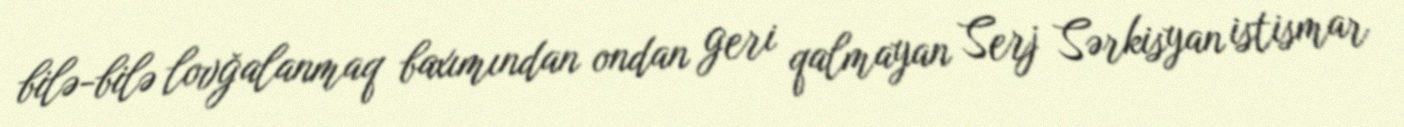
bilə-bilə lovğalanmaq baxımından ondan geri qalmayan Serj Sərkisyan istismar